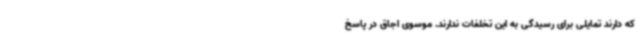
که دارند تمایلی برای رسیدگی به این تخلفات ندارند. موسوی اجاق در پاسخ